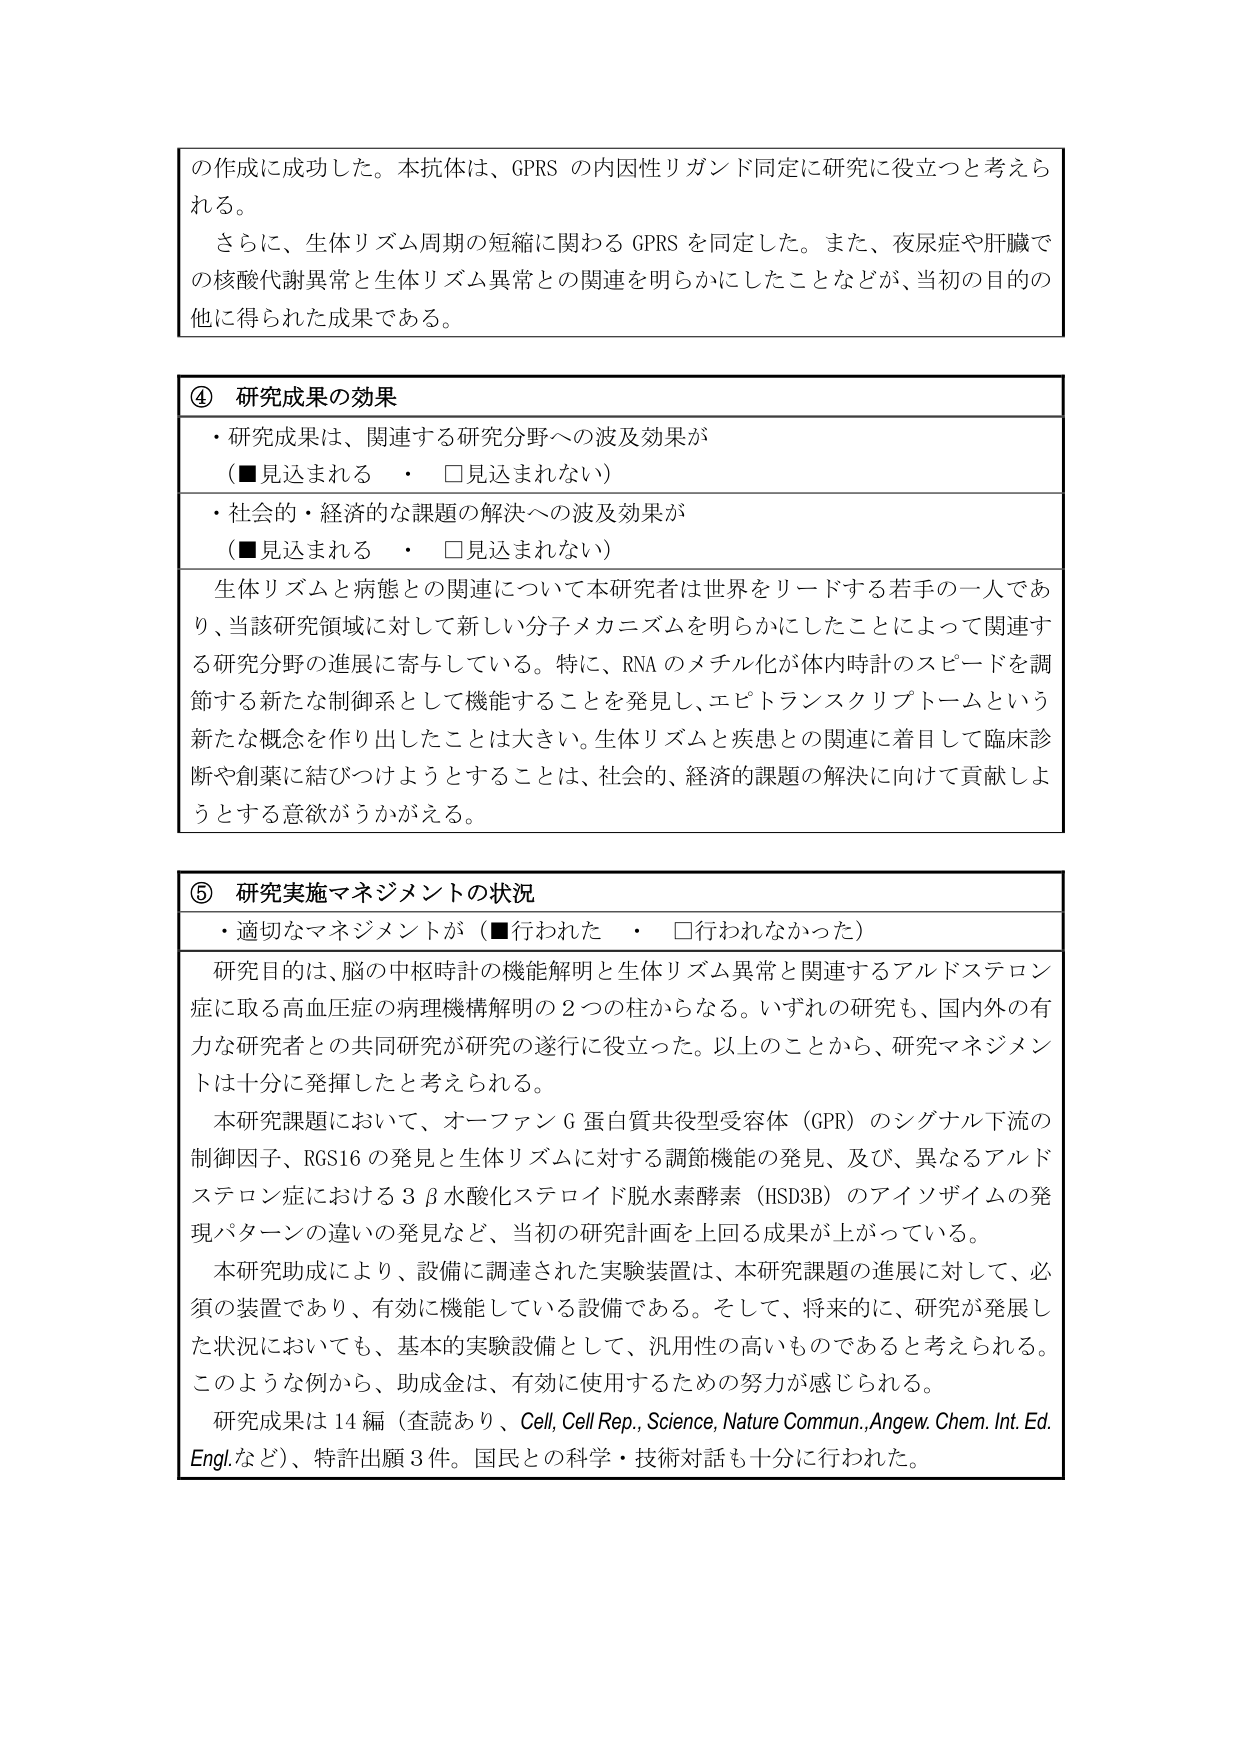
の作成に成功した。本抗体は、GPRS の内因性リガンド同定に研究に役立つと考えられる。

さらに、生体リズム周期の短縮に関わる GPRS を同定した。また、夜尿症や肝臓での核酸代謝異常と生体リズム異常との関連を明らかにしたことなどが、当初の目的の他に得られた成果である。

④ 研究成果の効果
・研究成果は、関連する研究分野への波及効果が
（■見込まれる　・　□見込まれない）
・社会的・経済的な課題の解決への波及効果が
（■見込まれる　・　□見込まれない）
生体リズムと病態との関連について本研究者は世界をリードする若手の一人であり、当該研究領域に対して新しい分子メカニズムを明らかにしたことによって関連する研究分野の進展に寄与している。特に、RNA のメチル化が体内時計のスピードを調節する新たな制御系として機能することを発見し、エピトランスクリプトームという新たな概念を作り出したことは大きい。生体リズムと疾患との関連に着目して臨床診断や創薬に結びつけようとするることは、社会的、経済的課題の解決に向けて貢献しようとする意欲がうかがえる。

⑤ 研究実施マネジメントの状況
・適切なマネジメントが（■行われた　・　□行われなかった）
研究目的は、脳の中核時計の機能解明と生体リズム異常と関連するアルドステロン症に取る高血圧症の病理機構解明の2つの柱からなる。いずれの研究も、国内外の有力な研究者との共同研究が研究の遂行に役立った。以上のことから、研究マネジメントは十分に発揮したと考えられる。

本研究課題において、オーファンG蛋白質共役型受容体（GPR）のシグナル下流の制御因子、RGS16 の発見と生体リズムに対する調節機能の発見、及び、異なるアルドステロン症における3β水酸化ステロイド脱水素酵素（HSD3B）のアイソザイムの発現パターンの違いの発見など、当初の研究計画を上回る成果が上がっている。

本研究助成により、設備に調達された実験装置は、本研究課題の進展に対して、必須の装置であり、有効に機能している設備である。そして、将来的に、研究が発展した状況においても、基本的実験設備として、汎用性の高いものであると考えられる。このような例から、助成金は、有効に使用するための努力が感じられる。

研究成果は14編（査読あり、Cell, Cell Rep., Science, Nature Commun., Angew. Chem. Int. Ed. Engl. など）、特許出願3件。国民との科学・技術対話も十分に行われた。